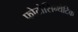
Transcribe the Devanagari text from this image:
फोटोसिन्थेटिक